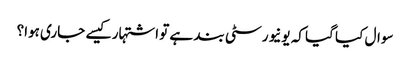
سوال کیا گیا کہ یونیورسٹی بند ہے تو اشتہار کیسے جاری ہوا؟